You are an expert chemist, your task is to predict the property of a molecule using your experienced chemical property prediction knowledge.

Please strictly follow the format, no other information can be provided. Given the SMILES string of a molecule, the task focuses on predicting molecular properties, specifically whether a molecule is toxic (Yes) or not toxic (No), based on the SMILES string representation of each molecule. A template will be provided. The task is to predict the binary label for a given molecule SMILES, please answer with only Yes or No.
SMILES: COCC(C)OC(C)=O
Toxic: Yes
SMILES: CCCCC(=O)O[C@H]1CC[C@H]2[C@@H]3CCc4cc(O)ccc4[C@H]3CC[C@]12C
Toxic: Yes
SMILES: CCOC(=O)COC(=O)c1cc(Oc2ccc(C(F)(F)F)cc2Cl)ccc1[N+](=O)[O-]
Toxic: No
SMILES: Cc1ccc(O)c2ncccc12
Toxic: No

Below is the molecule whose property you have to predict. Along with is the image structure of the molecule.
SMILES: C[N+](C)(C)C
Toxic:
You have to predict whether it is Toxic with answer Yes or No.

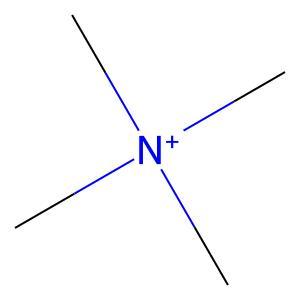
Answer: No